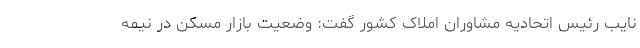
نایب رئیس اتحادیه مشاوران املاک کشور گفت: وضعیت بازار مسکن در نیمه